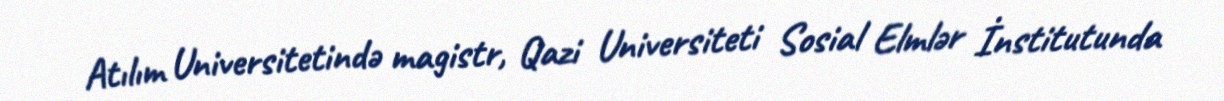
Atılım Universitetində magistr, Qazi Universiteti Sosial Elmlər İnstitutunda